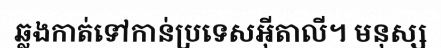
ឆ្លងកាត់ទៅកាន់ប្រទេសអ៊ីតាលី។ មនុស្ស